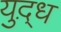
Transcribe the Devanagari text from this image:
युद़्ध